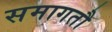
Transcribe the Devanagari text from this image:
समागतौ